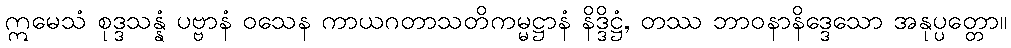
ဣမေသံ စုဒ္ဒသန္နံ ပဗ္ဗာနံ ဝသေန ကာယဂတာသတိကမ္မဋ္ဌာနံ နိဒ္ဒိဋ္ဌံ, တဿ ဘာဝနာနိဒ္ဒေသော အနုပ္ပတ္တော။